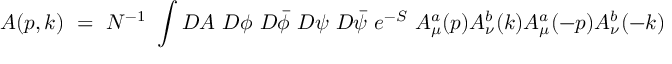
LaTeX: A ( p , k ) ~ = ~ N ^ { - 1 } ~ \int { \cal D } A ~ { \cal D } \phi { } ~ { \cal D } \bar { \phi } ~ { \cal D } \psi { } ~ { \cal D } \bar { \psi } ~ e ^ { - S } ~ A _ { \mu } ^ { a } ( p ) A _ { \nu } ^ { b } ( k ) A _ { \mu } ^ { a } ( - p ) A _ { \nu } ^ { b } ( - k )